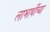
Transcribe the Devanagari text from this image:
लाभार्थीच्या